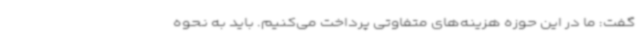
گفت: ما در این حوزه هزینه‌های متفاوتی پرداخت می‌کنیم. باید به نحوه